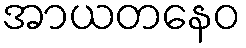
အာယတနေဝ